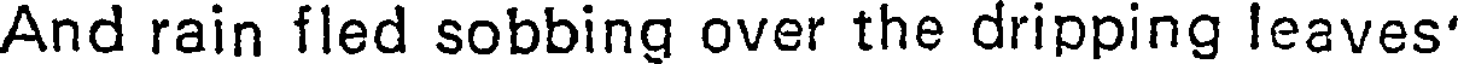
And rain fled sobbing over the dripping leaves